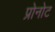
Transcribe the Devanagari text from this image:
प्रोनोट